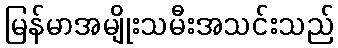
မြန်မာအမျိုးသမီးအသင်းသည်